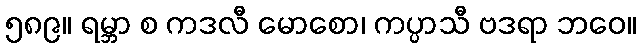
၅၈၉။ ရမ္ဘာ စ ကဒလီ မောစော၊ ကပ္ပာသီ ဗဒရာ ဘဝေ။